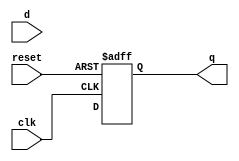
module d_flip_flop_delay(
  input wire clk,
  input wire reset,
  input wire d,
  output reg q
);

reg d_delayed;

// Insert delay logic here (e.g. using series of logic gates or buffers)
// d_delayed = delayed input signal

always @(posedge clk or posedge reset) begin
  if (reset) begin
    q <= 1'b0;
  end else begin
    q <= d_delayed;
  end
end

endmodule